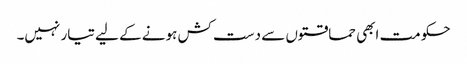
حکومت ابھی حماقتوں سے دست کش ہونے کے لیے تیار نہیں۔